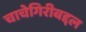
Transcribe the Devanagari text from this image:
चाचेगिरीबद्दल